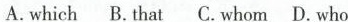
A.which B.That C.whom D.who